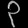
Digit: ၃